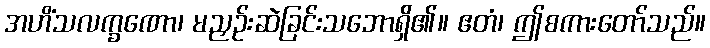
အဟိံသလက္ခဏော၊ မညှဉ်းဆဲခြင်းသဘောရှိ၏။ ဧတံ၊ ဤစကားတော်သည်။